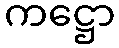
ကဋ္ဌော